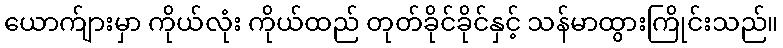
ယောက်ျားမှာ ကိုယ်လုံး ကိုယ်ထည် တုတ်ခိုင်ခိုင်နှင့် သန်မာထွားကြိုင်းသည်။